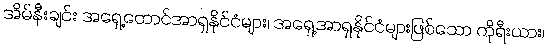
အိမ်နီးချင်း အရှေ့တောင်အာရှနိုင်ငံများ၊ အရှေ့အာရှနိုင်ငံများဖြစ်သော ကိုရီးယား၊